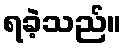
ရခဲ့သည်။